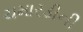
ચમારડીની